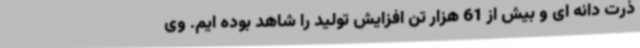
ذرت دانه ای و بیش از 61 هزار تن افزایش تولید را شاهد بوده ایم. وی